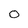
Character: 0